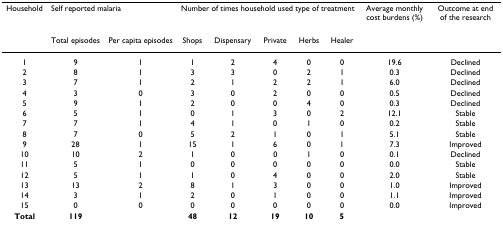
<table><thead><tr><td><b>Household</b></td><td colspan="2"><b>Self reported malaria</b></td><td colspan="5"><b>Number of times household used type of treatment</b></td><td><b>Average monthly cost burdens (%)</b></td><td><b>Outcome at end of the research</b></td></tr><tr><td></td><td><b>Total episodes</b></td><td><b>Per capita episodes</b></td><td><b>Shops</b></td><td><b>Dispensary</b></td><td><b>Private</b></td><td><b>Herbs</b></td><td><b>Healer</b></td><td></td><td></td></tr></thead><tbody><tr><td>1</td><td>9</td><td>1</td><td>1</td><td>2</td><td>4</td><td>0</td><td>0</td><td>19.6</td><td>Declined</td></tr><tr><td>2</td><td>8</td><td>1</td><td>3</td><td>3</td><td>0</td><td>2</td><td>1</td><td>0.3</td><td>Declined</td></tr><tr><td>3</td><td>7</td><td>1</td><td>2</td><td>1</td><td>2</td><td>2</td><td>1</td><td>6.0</td><td>Declined</td></tr><tr><td>4</td><td>3</td><td>0</td><td>3</td><td>0</td><td>2</td><td>0</td><td>0</td><td>0.5</td><td>Declined</td></tr><tr><td>5</td><td>9</td><td>1</td><td>2</td><td>0</td><td>0</td><td>4</td><td>0</td><td>0.3</td><td>Declined</td></tr><tr><td>6</td><td>5</td><td>1</td><td>0</td><td>1</td><td>3</td><td>0</td><td>2</td><td>12.1</td><td>Stable</td></tr><tr><td>7</td><td>7</td><td>1</td><td>4</td><td>1</td><td>0</td><td>1</td><td>0</td><td>0.2</td><td>Stable</td></tr><tr><td>8</td><td>7</td><td>0</td><td>5</td><td>2</td><td>1</td><td>0</td><td>1</td><td>5.1</td><td>Stable</td></tr><tr><td>9</td><td>28</td><td>1</td><td>15</td><td>1</td><td>6</td><td>0</td><td>1</td><td>7.3</td><td>Improved</td></tr><tr><td>10</td><td>10</td><td>2</td><td>1</td><td>0</td><td>0</td><td>1</td><td>0</td><td>0.1</td><td>Declined</td></tr><tr><td>11</td><td>5</td><td>1</td><td>0</td><td>0</td><td>0</td><td>0</td><td>0</td><td>0.0</td><td>Stable</td></tr><tr><td>12</td><td>5</td><td>1</td><td>1</td><td>0</td><td>4</td><td>0</td><td>0</td><td>2.0</td><td>Stable</td></tr><tr><td>13</td><td>13</td><td>2</td><td>8</td><td>1</td><td>3</td><td>0</td><td>0</td><td>1.0</td><td>Improved</td></tr><tr><td>14</td><td>3</td><td>1</td><td>2</td><td>0</td><td>1</td><td>0</td><td>0</td><td>1.1</td><td>Improved</td></tr><tr><td>15</td><td>0</td><td>0</td><td>0</td><td>0</td><td>0</td><td>0</td><td>0</td><td>0.0</td><td>Improved</td></tr><tr><td><b>Total</b></td><td><b>119</b></td><td></td><td><b>48</b></td><td><b>12</b></td><td><b>19</b></td><td><b>10</b></td><td><b>5</b></td><td></td><td></td></tr></tbody></table>